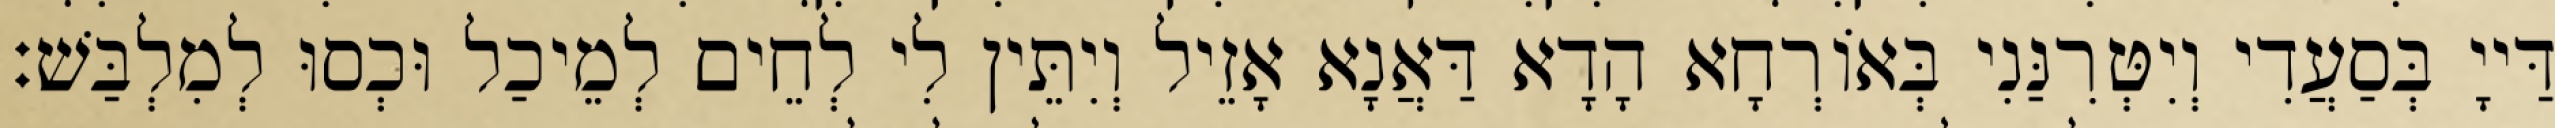
דַּייָ בְּסַעֲדִי וְיִטְּרִנַּנִי בְּאוֹרְחָא הָדָא דַּאֲנָא אָזֵיל וְיִתֵּין לִי לְחֵים לְמֵיכַל וּכְסוּ לְמִלְבַּשׁ׃